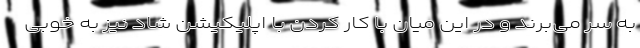
به سر می‌برند و در این میان با کار کردن با اپلیکیشن شاد نیز به خوبی